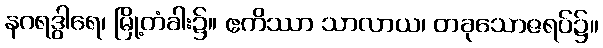
နဂရဒွါရေ၊ မြို့တံခါး၌။ ဧကိဿာ သာလာယ၊ တခုသောဇရပ်၌။